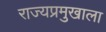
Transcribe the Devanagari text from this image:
राज्यप्रमुखाला